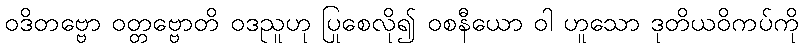
ဝဒိတဗ္ဗော ဝတ္တဗ္ဗောတိ ဝဒညူဟု ပြုစေလို၍ ဝစနီယော ဝါ ဟူသော ဒုတိယဝိကပ်ကို